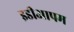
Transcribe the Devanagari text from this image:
इडीआपम